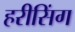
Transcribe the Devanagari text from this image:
हरीसिंग